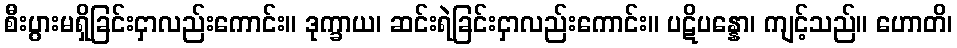
စီးပွားမရှိခြင်းငှာလည်းကောင်း။ ဒုက္ခာယ၊ ဆင်းရဲခြင်းငှာလည်းကောင်း။ ပဋိပန္နော၊ ကျင့်သည်။ ဟောတိ၊